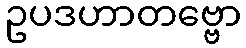
ဥပဒဟာတဗ္ဗော